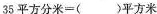
35平方分米=()平方米